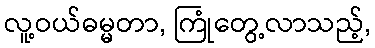
လူ့ဝယ်ဓမ္မတာ, ကြုံတွေ့လာသည့်,